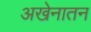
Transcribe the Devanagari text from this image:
अखेनातन